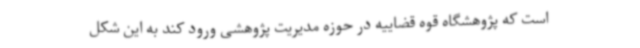
است که پژوهشگاه قوه قضاییه در حوزه مدیریت پژوهشی ورود کند به این شکل